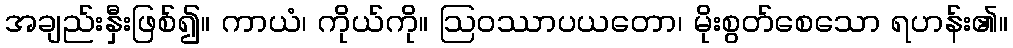
အချည်းနှီးဖြစ်၍။ ကာယံ၊ ကိုယ်ကို။ ဩဝဿာပယတော၊ မိုးစွတ်စေသော ရဟန်း၏။